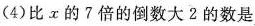
(4)比 x 的 7 倍的倒数大 2 的数是